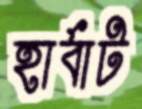
হার্বাট